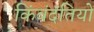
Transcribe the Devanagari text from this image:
किंवंदंतियों